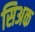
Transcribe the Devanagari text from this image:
सिअक